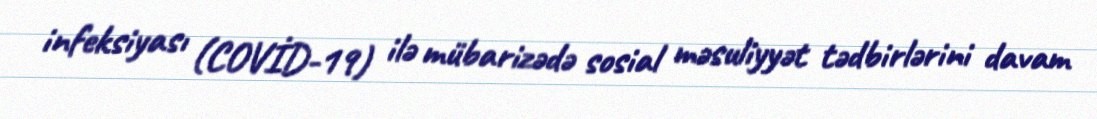
infeksiyası (COVİD-19) ilə mübarizədə sosial məsuliyyət tədbirlərini davam